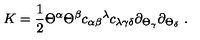
K = { \frac { 1 } { 2 } } \Theta ^ { \alpha } \Theta ^ { \beta } { c _ { \alpha \beta } } ^ { \lambda } c _ { \lambda \gamma \delta } \partial _ { \Theta _ { \gamma } } \partial _ { \Theta _ { \delta } } \ .